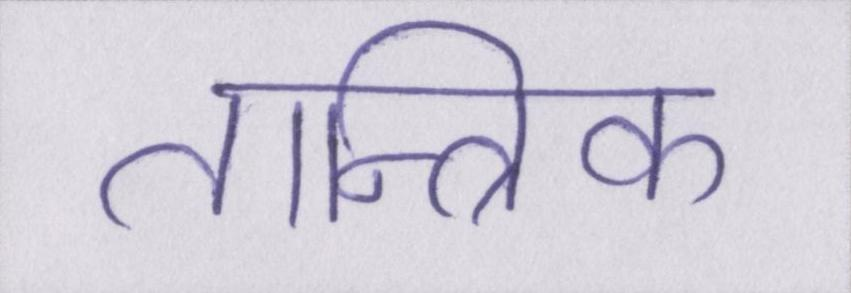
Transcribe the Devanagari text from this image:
तान्त्रिक